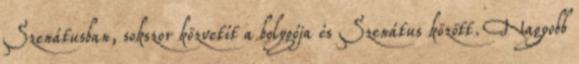
Szenátusban, sokszor közvetít a bolygója és Szenátus között. Nagyobb